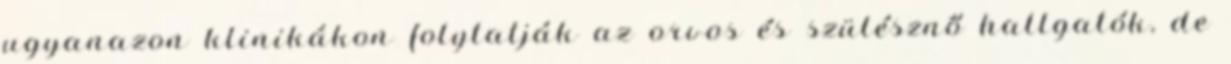
ugyanazon klinikákon folytatják az orvos és szülésznő hallgatók, de